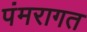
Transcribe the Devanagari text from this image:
पंमरागत